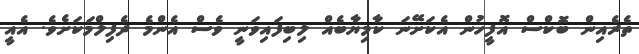
ތެރެއިން ބޮކްސް އޮފީހުން އެކަށޭނަ ކާމިޔާބެއް ލިބިފައިވަނީ ވެސް އެންމެ ދެފިލްމަކަށެވެ. އެއީ